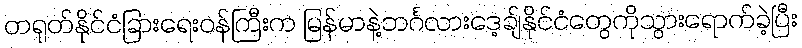
တရုတ်နိုင်ငံခြားရေးဝန်ကြီးက မြန်မာနဲ့ဘင်္ဂလားဒေ့ချ်နိုင်ငံတွေကိုသွားရောက်ခဲ့ပြီး